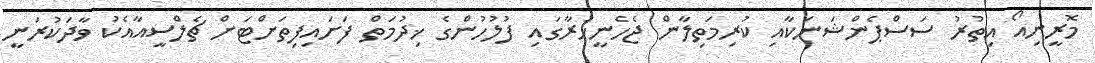
މޮރީނިއޯ އިތުރު ސަސްޕެންޝަނަކާއި ކުރިމަތިލާން ޖެހެނީހުރާގައި ފުލުހުންގެ ޚިދުމަތް ފަށައިފިތަށްޓަށް ޗެލްސީއާއެކު ވާދަކުރަނީ